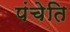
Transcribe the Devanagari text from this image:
पंचेति